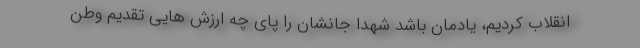
انقلاب کردیم، یادمان باشد شهدا جانشان را پای چه ارزش هایی تقدیم وطن